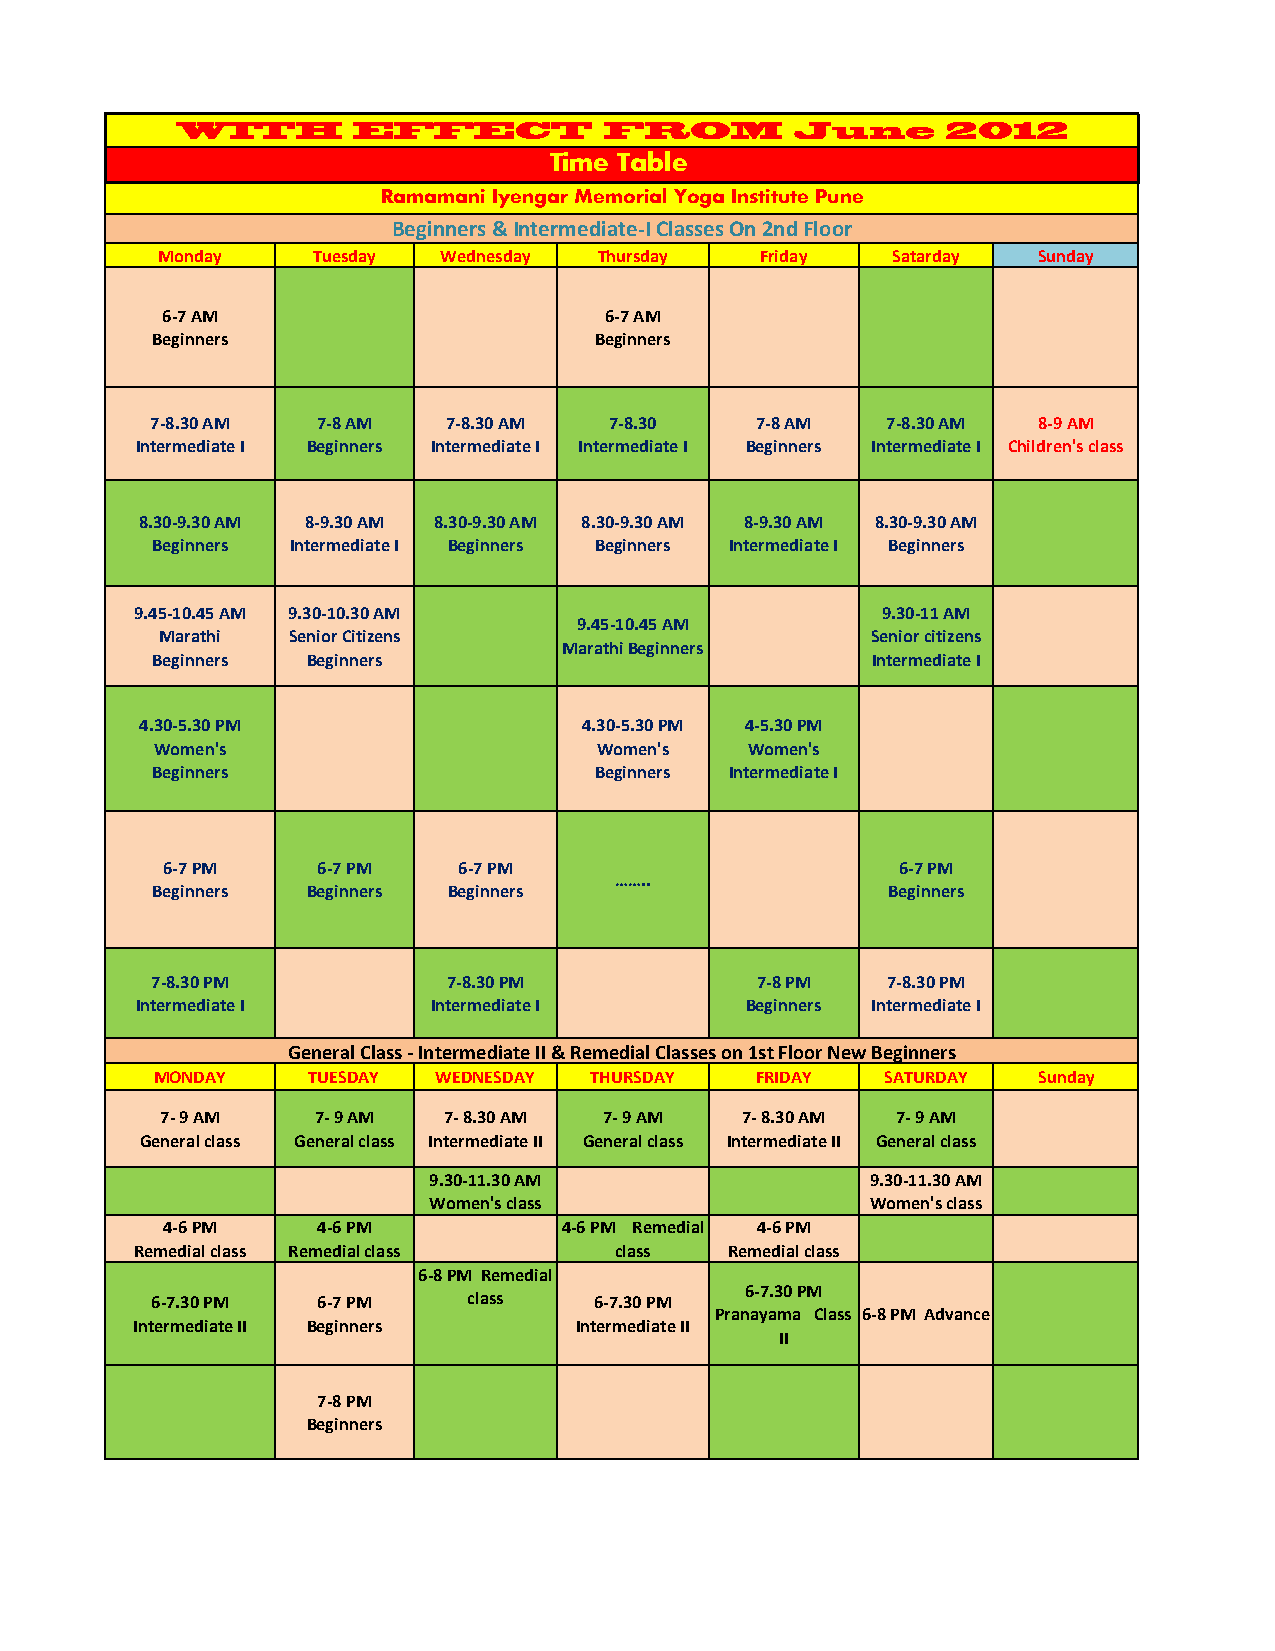
WITH       EFFECT           FROM         June      2012
 Time Table
 Ramamani Iyengar Memorial Yoga Institute Pune
 Beginners & Intermediate‐I Classes On 2nd Floor
 Monday     Tuesday Wednesday  Thursday  Friday   Satarday  Sunday
 6‐7 AM                       6‐7 AM
 Beginners                    Beginners
 7‐8.30 AM  7‐8 AM   7‐8.30 AM 7‐8.30    7‐8 AM   7‐8.30 AM 8‐9 AM
 Intermediate I Beginners Intermediate I Intermediate I Beginners Intermediate I Children's class
 8.30‐9.30 AM 8‐9.30 AM 8.30‐9.30 AM 8.30‐9.30 AM 8‐9.30 AM 8.30‐9.30 AM
 Beginners Intermediate I Beginners Beginners Intermediate I Beginners
 9.45‐10.45 AM 9.30‐10.30 AM                      9.30‐11 AM
 9.45‐10.45 AM
 Marathi Senior Citizens                        Senior citizens
 Marathi Beginners
 Beginners Beginners                             Intermediate I
 4.30‐5.30 PM                  4.30‐5.30 PM 4‐5.30 PM
 Women's                       Women's  Women's
 Beginners                    Beginners Intermediate I
 6‐7 PM    6‐7 PM   6‐7 PM                        6‐7 PM
 ……..
 Beginners Beginners Beginners                    Beginners
 7‐8.30 PM           7‐8.30 PM           7‐8 PM   7‐8.30 PM
 Intermediate I      Intermediate I      Beginners Intermediate I
 General Class ‐ Intermediate II & Remedial Classes on 1st Floor New Beginners
 MONDAY    TUESDAY  WEDNESDAY THURSDAY   FRIDAY   SATURDAY  Sunday
 7‐ 9 AM   7‐ 9 AM 7‐ 8.30 AM 7‐ 9 AM  7‐ 8.30 AM 7‐ 9 AM
 General class General class Intermediate II General class Intermediate II General class
 9.30‐11.30 AM                 9.30‐11.30 AM
 Women's class                 Women's class
 4‐6 PM    4‐6 PM          4‐6 PM Remedial 4‐6 PM
 Remedial class Remedial class   class  Remedial class
 6‐8 PM Remedial
 6‐7.30 PM
 6‐7.30 PM  6‐7 PM    class   6‐7.30 PM
 Pranayama Class 6‐8 PM Advance
 Intermediate II Beginners    Intermediate II
 II
 7‐8 PM
 Beginners